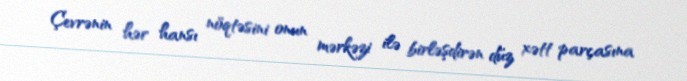
Çevrənin hər hansı nöqtəsini onun mərkəzi ilə birləşdirən düz xətt parçasına